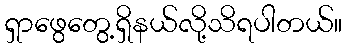
ရှာဖွေတွေ့ရှိနယ်လို့သိရပါတယ်။